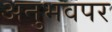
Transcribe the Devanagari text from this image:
अनुभवपर